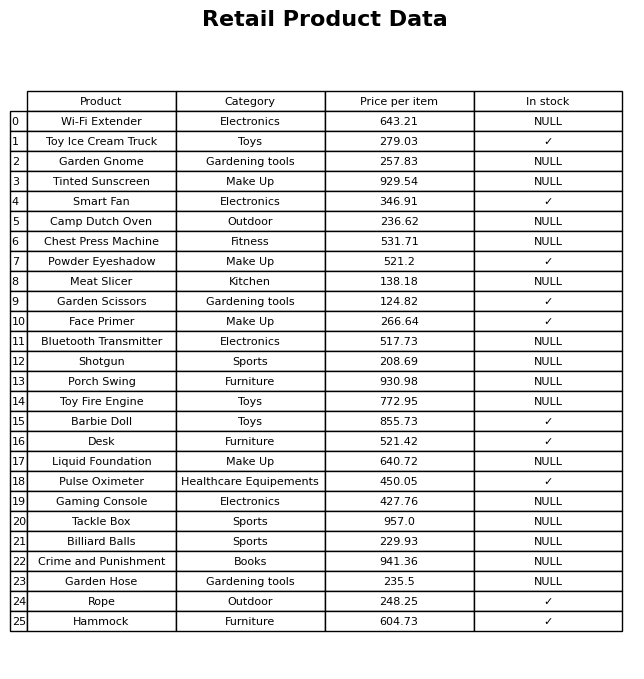
question: Is the Gaming Console in stock?
answer: NULL